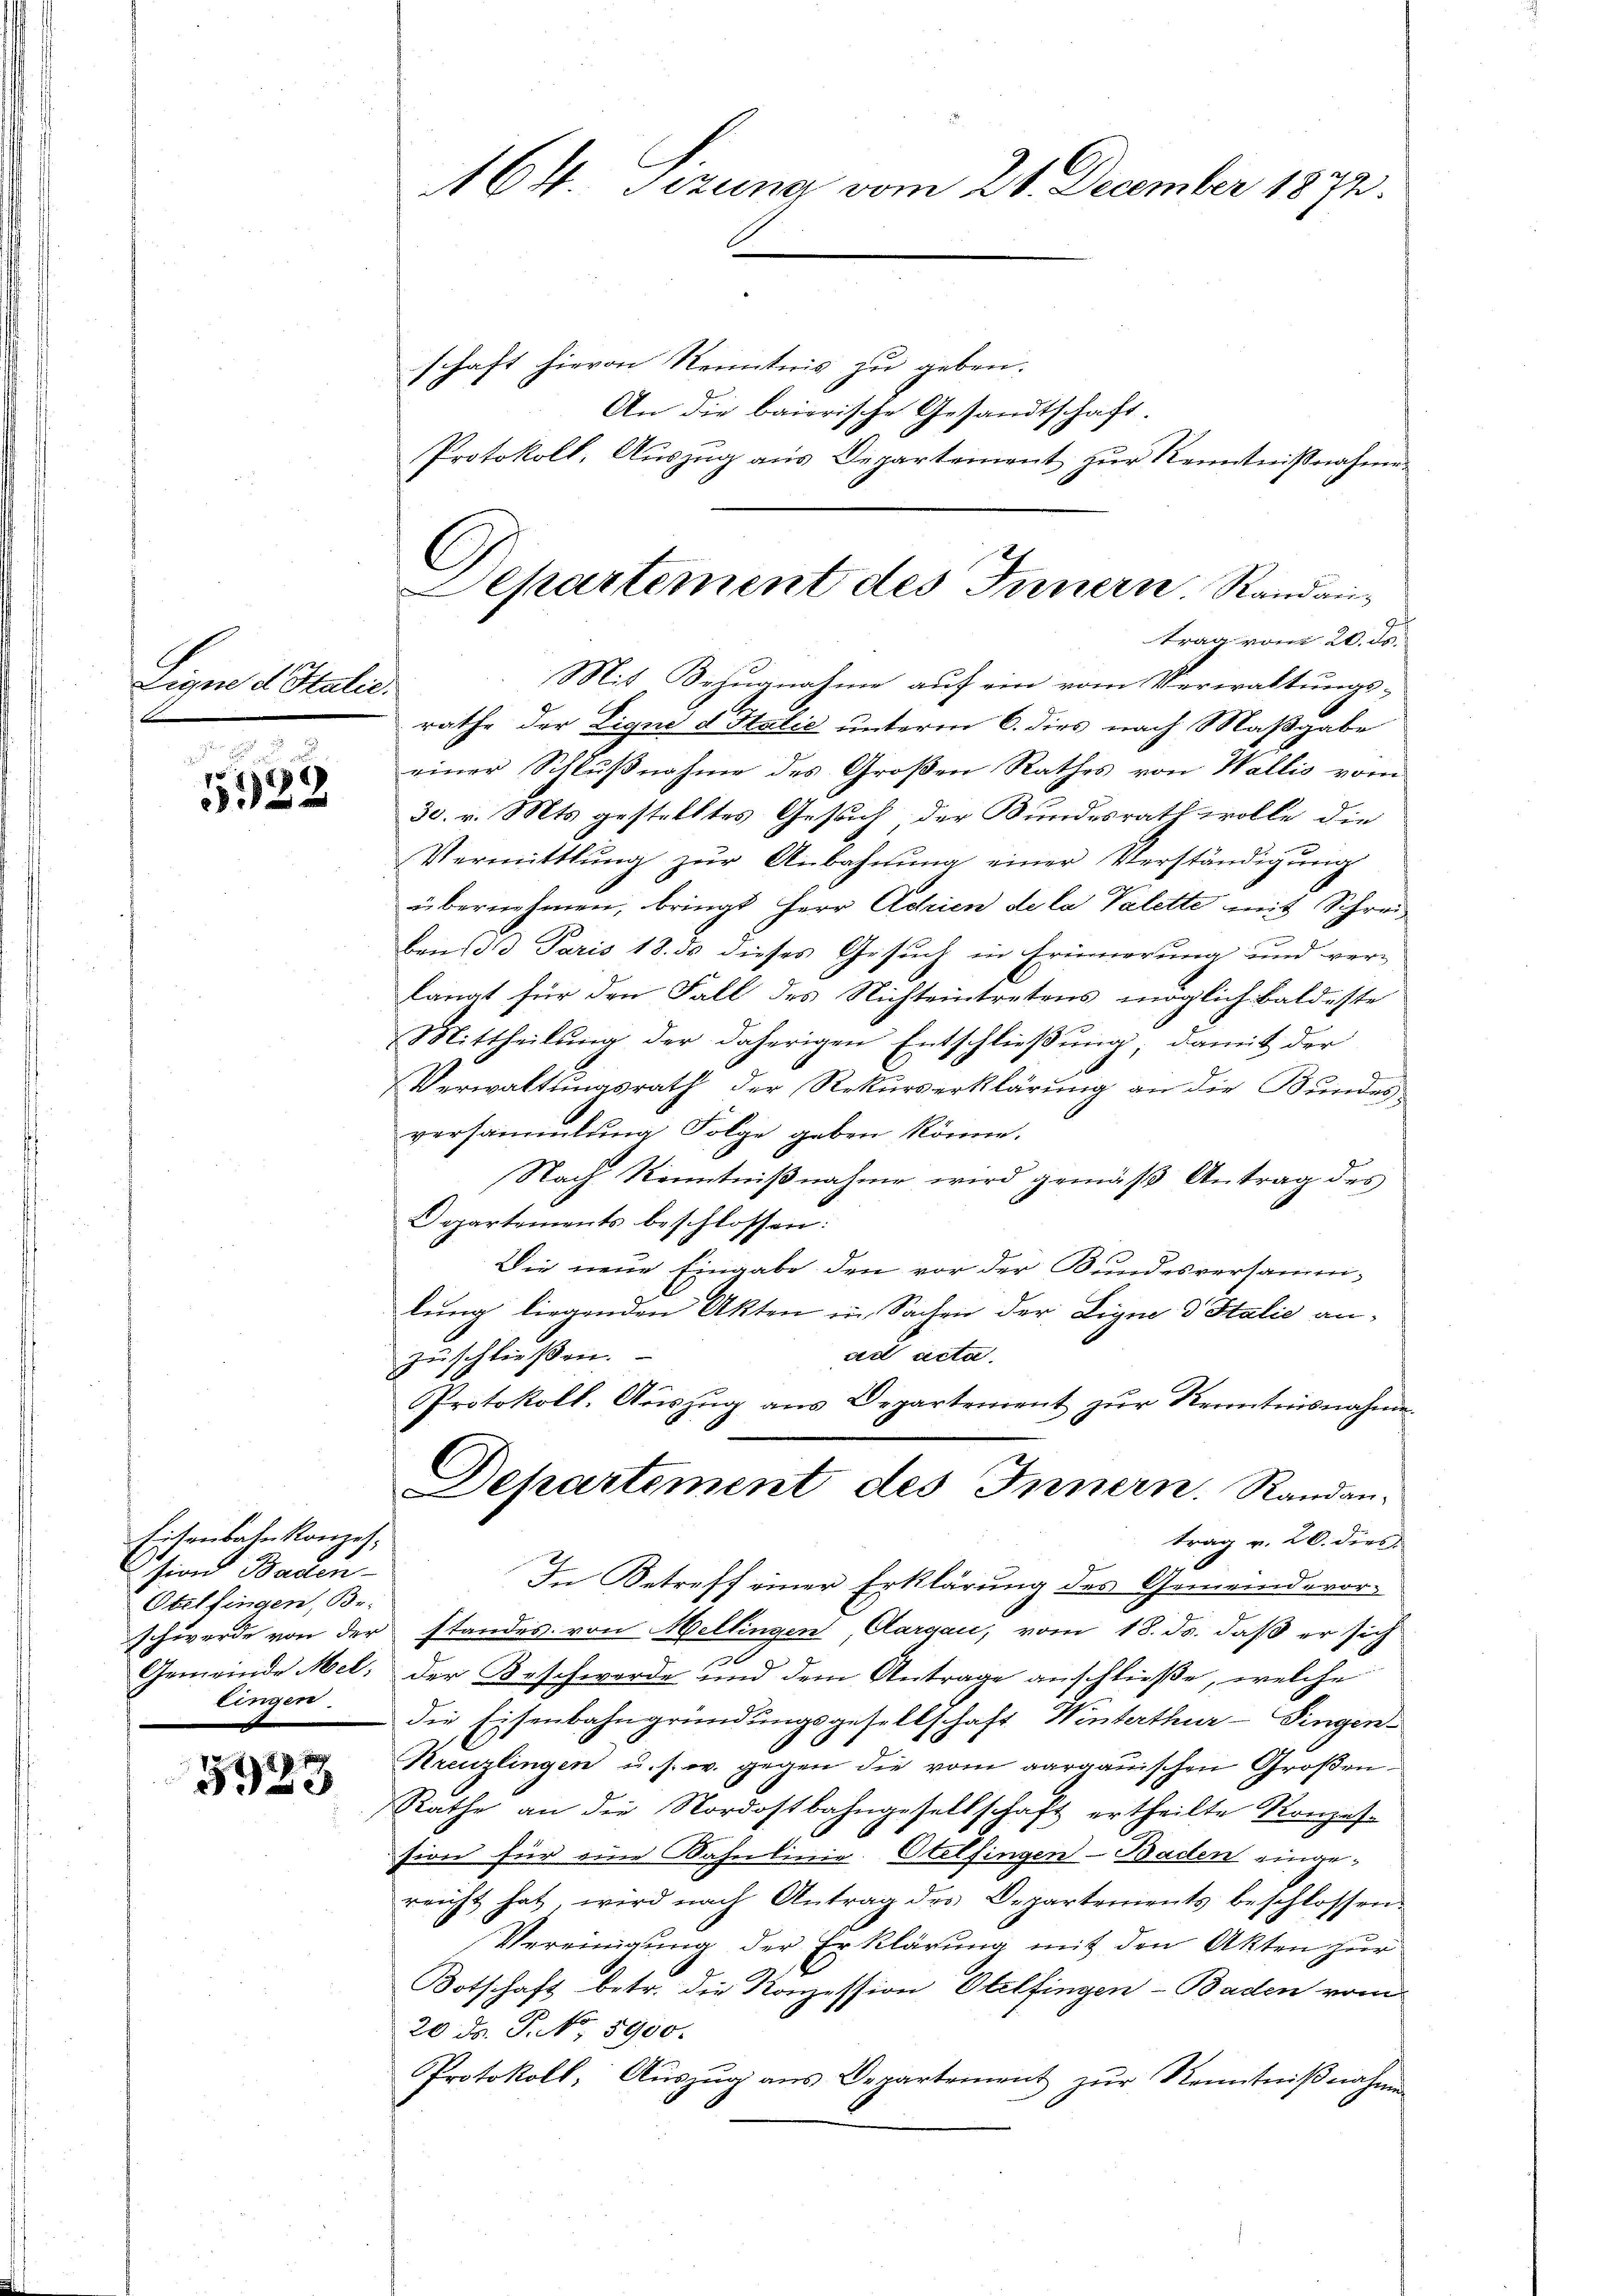
Ligen d Italic.

322

Eichenbahn Konzession Baden-
Otelfingen, Br.
schwerde von der
Gemeinde Mel,
lingen.
—

523

64. Sizung vom 21. December 1872.

C
Separtement des Innern Randantrag vom 20. ds.
Mit Bezugnahme auf ein vom Verwaltungs-

schaft hievon Kenntnis zu geben.
An die baierische Gesandtschaft.
Protokoll, Auszug aus Departement zur Kenntnißnahmen
räthe der Ligne d. Halić unterm 6. dies nach Maßgabe
einer Schlußnahme des Großen Rathes von Wallis vom
30. v. Mts. gestelltes Gesuch der Bundesrath wolle die
Vermittlung zŭr Anbahnŭng einer Verständigŭng
übernehmen, bringt Herr Achien de la Valette mit Schreiben die Paris 18. ds dieses Gesuch in Erinnerung und ver-
langt für den Fall des Nichteintretens möglich baldeste
Mittheilung der daherigen Entschließung, damit der
Verwaltungsrath der Rekurserklärung an die Bundes
versammlung Folge geben könne.
Nach Kenntnißnahme wird gemäß Antrag des
Departements beschlossen:
Die neue Eingabe den vor der Bundesversamm-
lung liegenden Akten in Sachen der Ligne d Italie anad acta
zuschließen.
Protokoll. Aŭszŭg ans Departement zŭr Kenntnisnahmen
Departement des Innern. Randantrag v. 20. dies
In Betreff einer Erklärung des Gemeindevor-
standes von Hellingen Aargau, vom 18. ds. daß er sich
der Beschwerde und dem Antrage anschließe, welche
die Eisenbahngründungsgesellschaft Winterthur–Singen-
Kreuzlingen u. s. w. gegen die vom aargauischen Großen¬
Rathe an die Nordostbahngesellschaft ertheilte Konzes-
sion für eine Kahnlinie. Otelfingen - Baden eingereicht hat, wird nach Antrag des Departements beschlossen:
Vereinigung der Erklärung mit den Akten zur
e
Botschaft betr. die Konzession Otelfingen–Baden vom
20 Fr. P. No. 5900.
Protokoll, Auszug aus Departement zur Kenntnißnahme